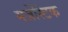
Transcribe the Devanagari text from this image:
मजेस्टिक